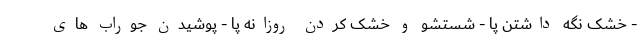
- خشک نگه داشتن پا - شستشو و خشک کردن روزانه پا - پوشیدن جوراب های